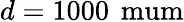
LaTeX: d=1000\, \mathrm{\ mum}